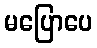
မပြောပေ